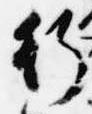
行